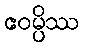
ဧဝမ္ပိဿ